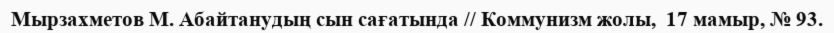
Мырзахметов М. Абайтанудың сын сағатында // Коммунизм жолы,  17 мамыр, № 93.